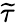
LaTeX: \widetilde{\tau}